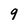
Character: 9